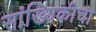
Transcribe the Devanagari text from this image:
सांख्यिकीचा